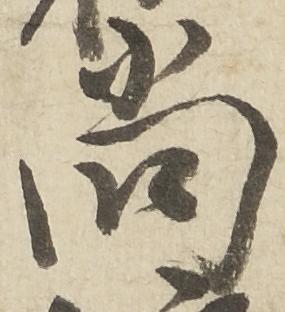
尚